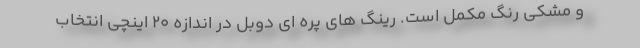
و مشکی رنگ مکمل است. رینگ های پره ای دوبل در اندازه 20 اینچی انتخاب